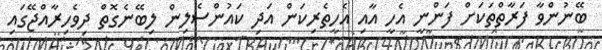
ބޭނުންވާ ފަރާތްތަކަށް ފަންނީ އެހީ އާއި އެހީތެރިކަން އަދި ކައުންސެލިން ލިބޭނެގޮތް ދިވެހިރާއްޖޭގައި